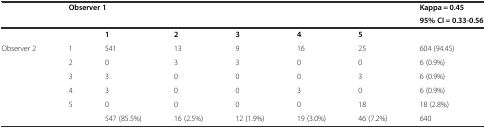
<table><thead><tr><td rowspan="2"></td><td rowspan="2" colspan="6"><b>Observer 1</b></td><td><b>Kappa = 0.45</b></td></tr><tr><td><b>95% CI = 0.33-0.56</b></td></tr></thead><tbody><tr><td></td><td></td><td><b>1</b></td><td><b>2</b></td><td><b>3</b></td><td><b>4</b></td><td><b>5</b></td><td></td></tr><tr><td rowspan="5">Observer 2</td><td>1</td><td>541</td><td>13</td><td>9</td><td>16</td><td>25</td><td>604 (94.45)</td></tr><tr><td>2</td><td>0</td><td>3</td><td>3</td><td>0</td><td>0</td><td>6 (0.9%)</td></tr><tr><td>3</td><td>3</td><td>0</td><td>0</td><td>0</td><td>3</td><td>6 (0.9%)</td></tr><tr><td>4</td><td>3</td><td>0</td><td>0</td><td>3</td><td>0</td><td>6 (0.9%)</td></tr><tr><td>5</td><td>0</td><td>0</td><td>0</td><td>0</td><td>18</td><td>18 (2.8%)</td></tr><tr><td></td><td></td><td>547 (85.5%)</td><td>16 (2.5%)</td><td>12 (1.9%)</td><td>19 (3.0%)</td><td>46 (7.2%)</td><td>640</td></tr></tbody></table>